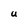
Character: U